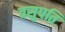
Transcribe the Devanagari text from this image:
वसुपति